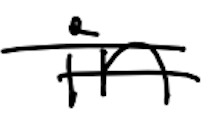
Text: in
Cross-out: double-line
Writing tool: digital_black